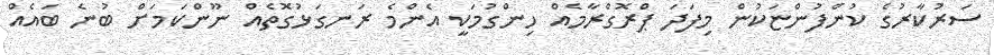
ސަރުކާރުގެ ކުންފުންޏަކުން މިފަދަ ޕްރޮގްރާމެއް ހިންގުމަކީ އެންމެ ރަނގަޅުގޮތެއް ނޫންކަމަށް ބުނެ ބައެއް